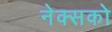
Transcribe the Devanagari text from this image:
नेक्सको